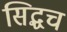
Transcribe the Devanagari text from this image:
सिद्धच